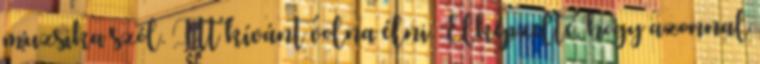
muzsika szól. Itt kívánt volna élni. Elképzelte, hogy azonnal